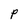
Character: P